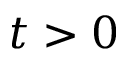
t > 0